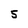
Character: 5